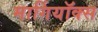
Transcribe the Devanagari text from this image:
मार्गियॉक्स